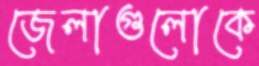
জেলাগুলোকে